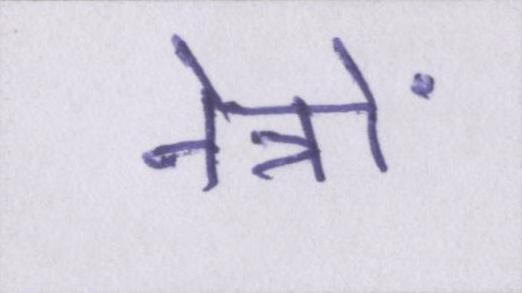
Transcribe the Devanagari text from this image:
नेत्रों